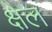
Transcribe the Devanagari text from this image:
क्षेल